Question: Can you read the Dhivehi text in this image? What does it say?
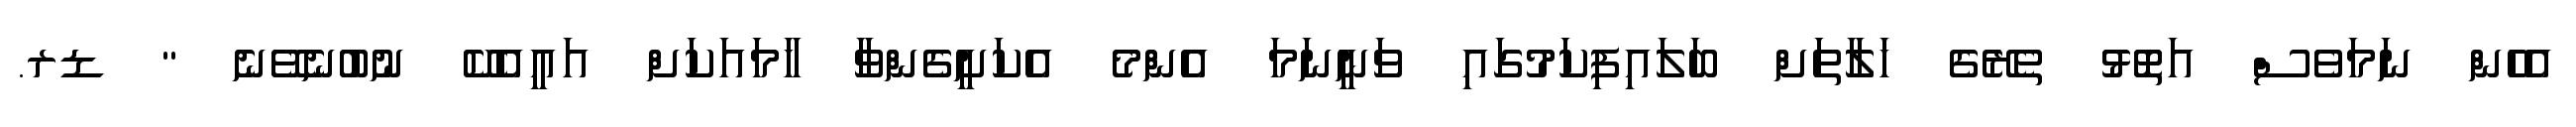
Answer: އެހެން ނަމަވެސް އަތޮޅު ތެރޭގެ ހަލާތަށް ބަލައިފިކަމުގައި ވަނީނަމަ އެންމެ އެކަށީގެންވާ ހާމައަކަށް އައީއެކޭ ނުބުނެވޭނެ " ޑރ.